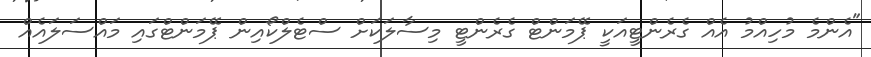
"އެންމެ މުހިއްމު އެއް ގެރެންޓީއަކީ ޕޭމަންޓް ގެރެންޓީ މިސާލަކަށް ސްޓެލްކޯއިން ޕޭމަންޓްގައި މައްސަލައެއް